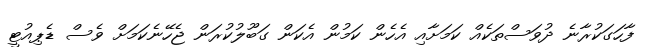
ފާހަގަކުރާނެ ދުވަސްތަކެއް ކަމަށާއި އެހެން ކަމުން އެކަން ގަބޫލުކުރަން ޖެހޭނެކަމަށް ވެސް ޑެޕިއުޓީ